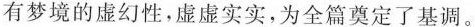
有梦境的虚幻性，虚虚实实，为全篇奠定了基调。